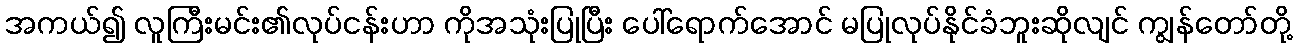
အကယ်၍ လူကြီးမင်း၏လုပ်ငန်းဟာ ကိုအသုံးပြုပြီး ပေါ်ရောက်အောင် မပြုလုပ်နိုင်ခံဘူးဆိုလျင် ကျွန်တော်တို့